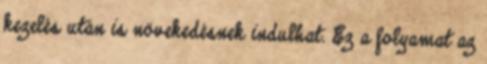
kezelés után is növekedésnek indulhat. Ez a folyamat az